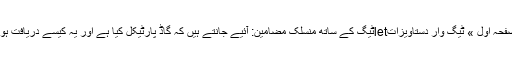
صفحہ اول » ٹیگ وار دستاویزاتletٹیگ کے ساتھ منسلک مضامین: آئیے جانتے ہیں کہ گاڈ پارٹیکل کیا ہے اور یہ کیسے دریافت ہوا؟